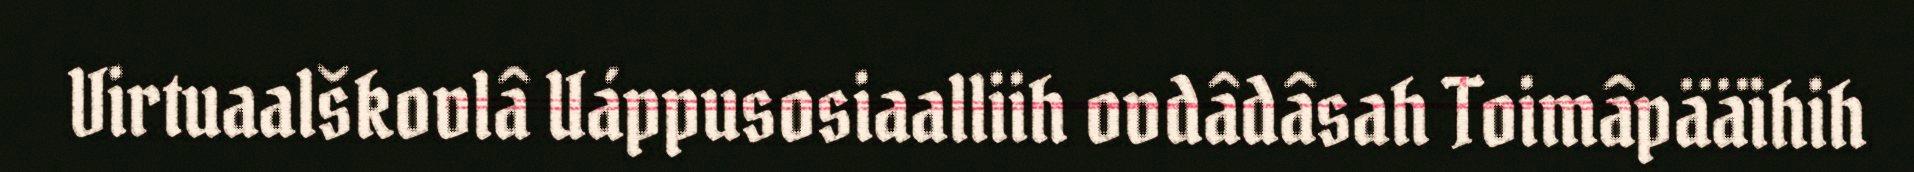
Virtuaalškovlâ Uáppusosiaalliih ovdâdâsah Toimâpääihih